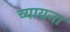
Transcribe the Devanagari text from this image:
च्यायना